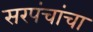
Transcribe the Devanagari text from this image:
सरपंचांचा